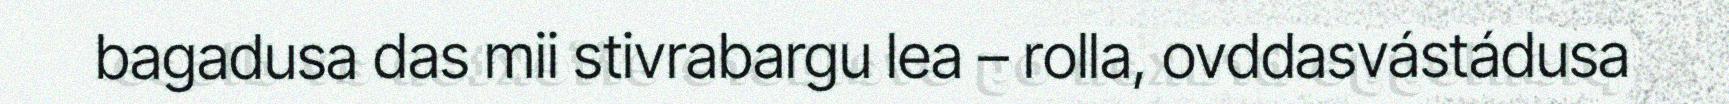
bagadusa das mii stivrabargu lea – rolla, ovddasvástádusa